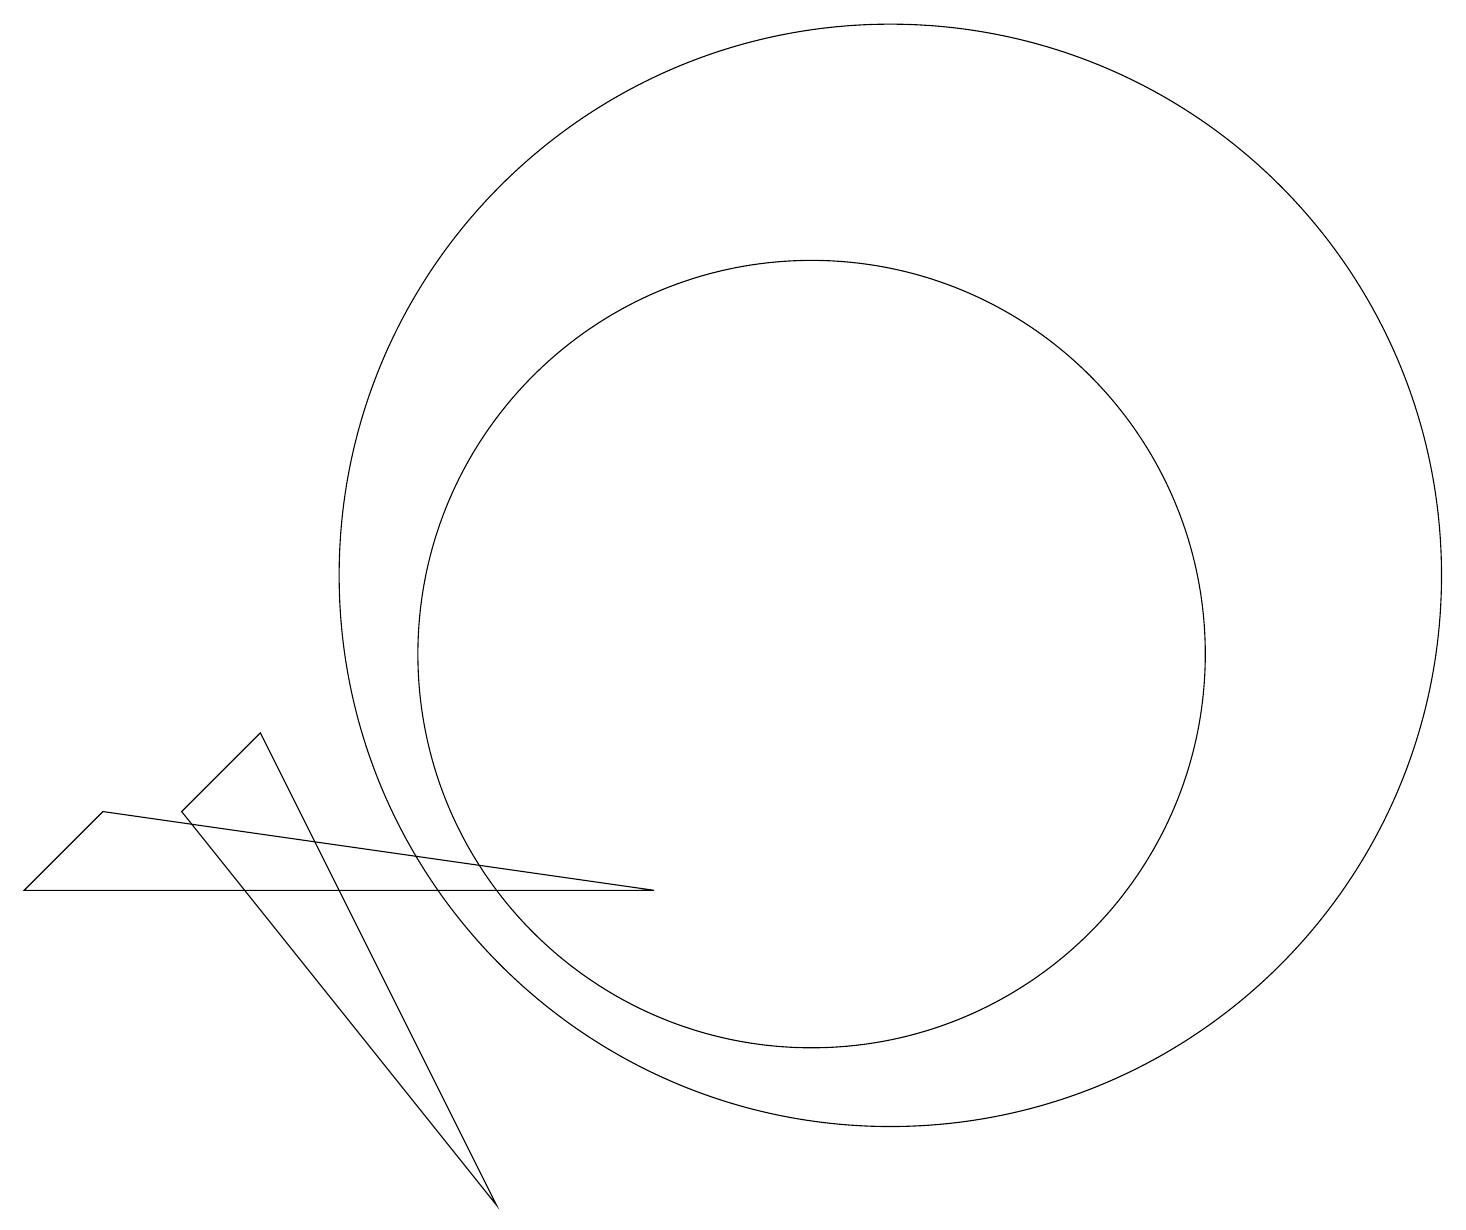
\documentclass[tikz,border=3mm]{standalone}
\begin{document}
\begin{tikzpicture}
\draw (7,3) -- (4,9) -- (3,8) -- cycle;
\draw (11,10) circle (5);
\draw (1,7) -- (2,8) -- (9,7) -- cycle;
\draw (12,11) circle (7);
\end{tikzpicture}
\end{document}